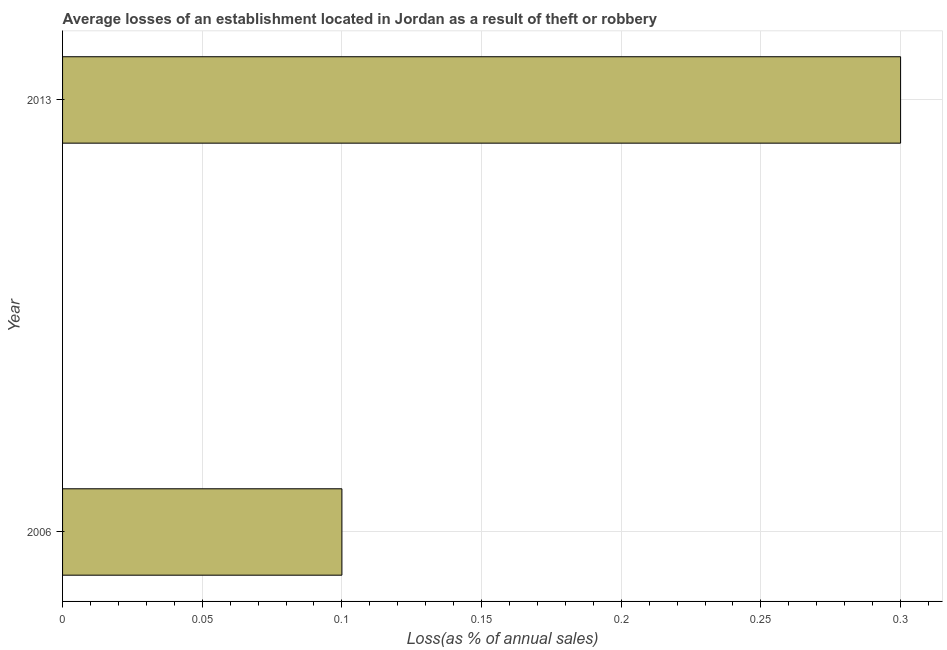
| Year | Losses due to theft |
 | --- | --- |
 | 2006 | 0.1 |
 | 2013 | 0.3 |